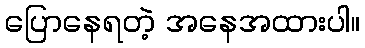
ပြောနေရတဲ့ အနေအထားပါ။